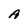
Character: A